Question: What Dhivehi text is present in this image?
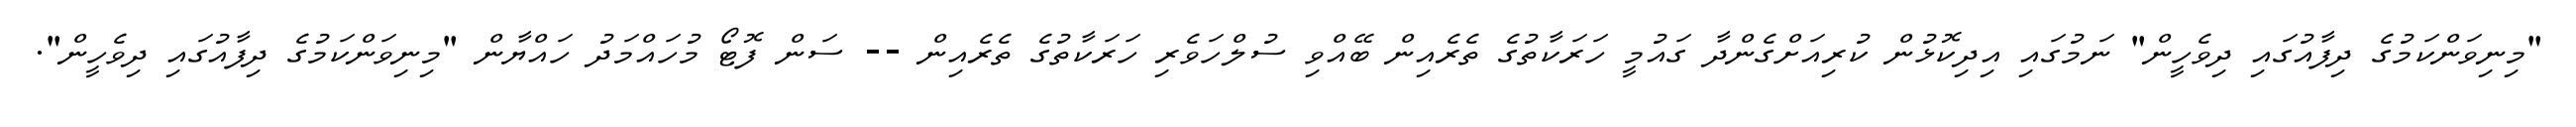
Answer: "މިނިވަންކަމުގެ ދިފާއުގައި ދިވެހީން" ނަމުގައި އިދިކޮޅުން ކުރިއަށްގެންދާ ގައުމީ ހަރަކާތުގެ ތެރެއިން ބޭއްވި ސުލްހަވެރި ހަރަކާތުގެ ތެރެއިން -- ސަން ފޮޓޯ މުހައްމަދު ހައްޔާން "މިނިވަންކަމުގެ ދިފާއުގައި ދިވެހީން".